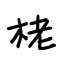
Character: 栳